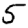
Digit: 5